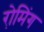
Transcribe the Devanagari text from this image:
रो़मिंग